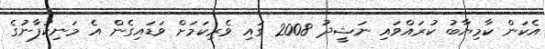
އެކަން ކާމިޔާބު ކުރައްވައި ނަޝީދު 2008 ގައި ވެރިކަމަށް ވަޑައިގެން އެ މަނިކުފާނުގެ